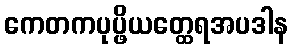
ကေတကပုပ္ဖိယတ္ထေရအပဒါန